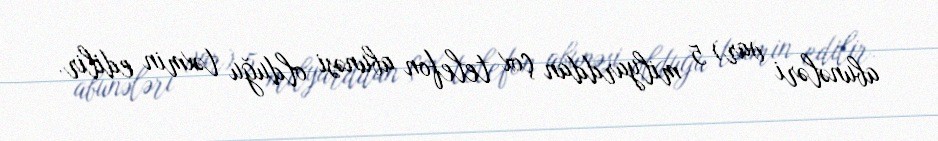
abunələri var) 5 milyarddan çox telefon abunəsi olduğu təxmin edilir.